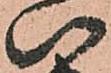
八